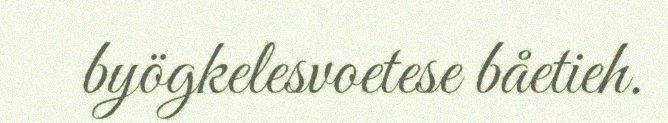
byögkelesvoetese båetieh.